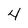
Character: 4